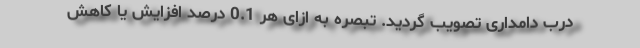
درب دامداری تصویب گردید. تبصره به ازای هر 0.1 درصد افزایش یا کاهش